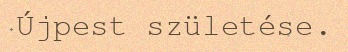
Újpest születése.